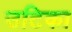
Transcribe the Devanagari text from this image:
उटिका